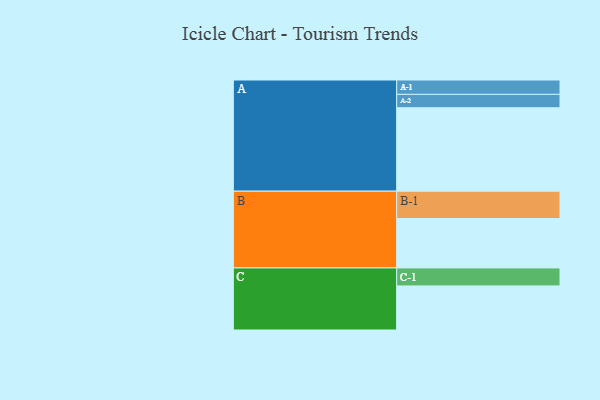
{"axis": {"x": "Segment", "y": "Value"}, "legend": ["", "A", "B", "C"], "data": [{"x": "A", "y": 598, "type": ""}, {"x": "B", "y": 354, "type": ""}, {"x": "C", "y": 316, "type": ""}, {"x": "A-1", "y": 103, "type": "A"}, {"x": "A-2", "y": 96, "type": "A"}, {"x": "B-1", "y": 196, "type": "B"}, {"x": "C-1", "y": 129, "type": "C"}]}